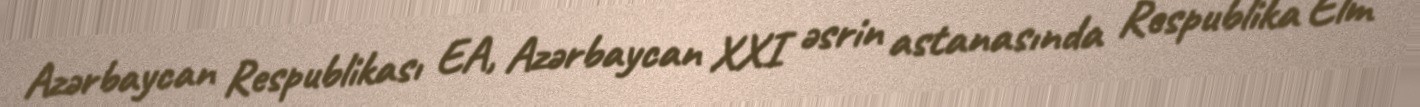
Azərbaycan Respublikası EA, Azərbaycan XXI əsrin astanasında Respublika Elm